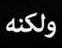
ولكنه